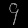
Digit: ၄